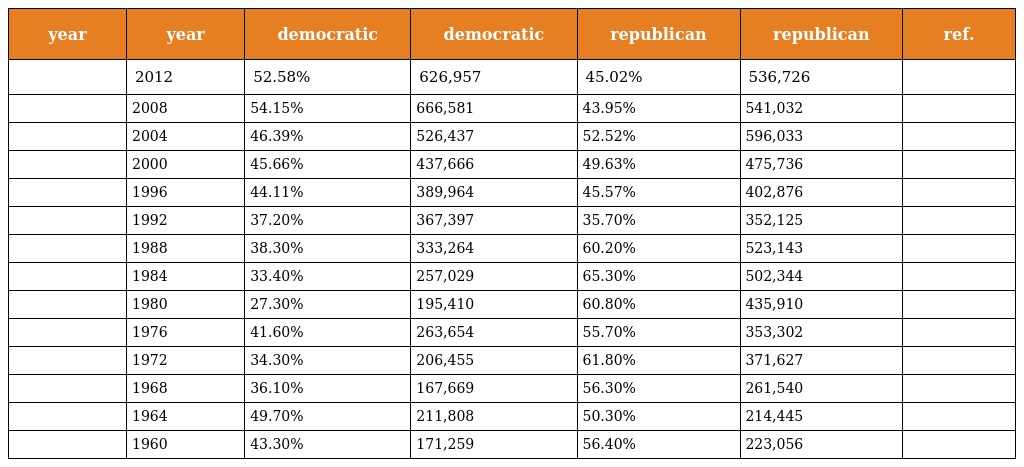
| year | year | democratic | democratic | republican | republican | ref. |
 | --- | --- | --- | --- | --- | --- | --- |
 |  | 2012 | 52.58% | 626,957 | 45.02% | 536,726 |  |
 |  | 2008 | 54.15% | 666,581 | 43.95% | 541,032 |  |
 |  | 2004 | 46.39% | 526,437 | 52.52% | 596,033 |  |
 |  | 2000 | 45.66% | 437,666 | 49.63% | 475,736 |  |
 |  | 1996 | 44.11% | 389,964 | 45.57% | 402,876 |  |
 |  | 1992 | 37.20% | 367,397 | 35.70% | 352,125 |  |
 |  | 1988 | 38.30% | 333,264 | 60.20% | 523,143 |  |
 |  | 1984 | 33.40% | 257,029 | 65.30% | 502,344 |  |
 |  | 1980 | 27.30% | 195,410 | 60.80% | 435,910 |  |
 |  | 1976 | 41.60% | 263,654 | 55.70% | 353,302 |  |
 |  | 1972 | 34.30% | 206,455 | 61.80% | 371,627 |  |
 |  | 1968 | 36.10% | 167,669 | 56.30% | 261,540 |  |
 |  | 1964 | 49.70% | 211,808 | 50.30% | 214,445 |  |
 |  | 1960 | 43.30% | 171,259 | 56.40% | 223,056 |  |